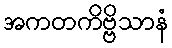
အကတကိဗ္ဗိသာနံ